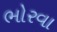
ભોરવા